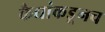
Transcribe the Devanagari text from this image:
कैद्यांकडूनच